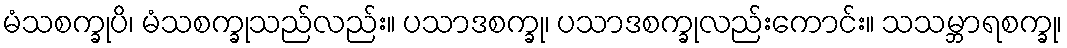
မံသစက္ခုပိ၊ မံသစက္ခုသည်လည်း။ ပသာဒစက္ခု၊ ပသာဒစက္ခုလည်းကောင်း။ သသမ္ဘာရစက္ခု၊